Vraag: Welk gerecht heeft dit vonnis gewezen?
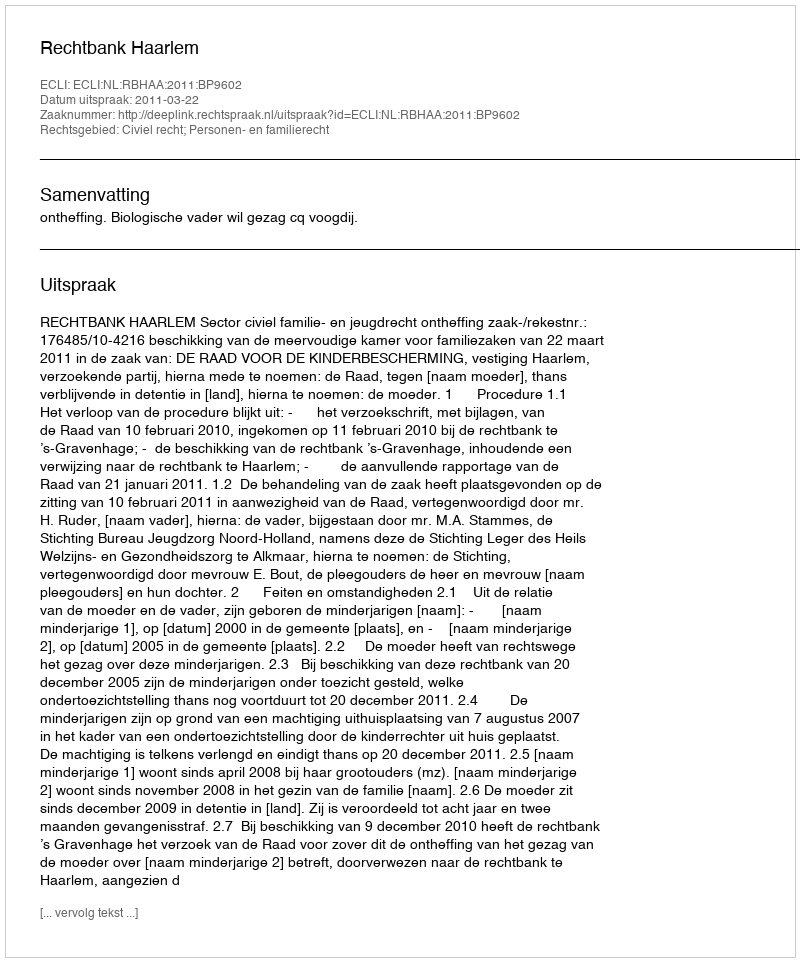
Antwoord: Rechtbank Haarlem